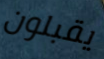
يقبلون